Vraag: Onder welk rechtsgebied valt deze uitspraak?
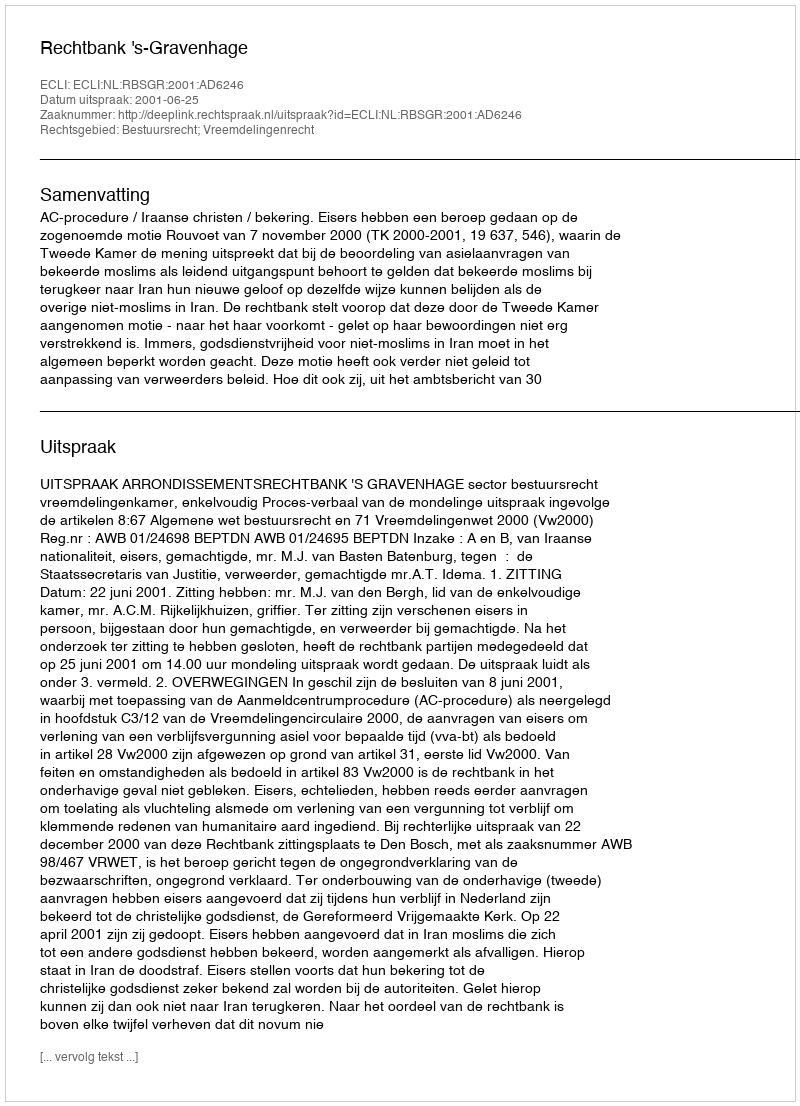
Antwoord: Bestuursrecht; Vreemdelingenrecht